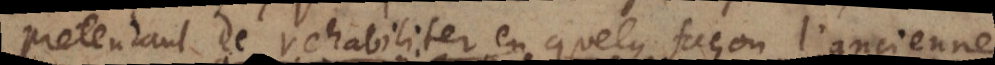
pretendant de rehabiliter en quelque façon l’ancienne